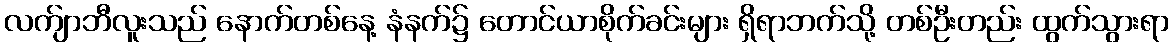
လက်ျာဘီလူးသည် နောက်တစ်နေ့ နံနက်၌ တောင်ယာစိုက်ခင်းများ ရှိရာဘက်သို့ တစ်ဦးတည်း ထွက်သွားရာ